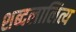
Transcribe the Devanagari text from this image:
शब्दलालित्य